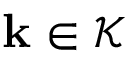
\mathbf { k } \in \mathcal { K }